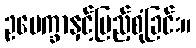
ဥပေက္ခာနှင့်ပြည့်စုံခြင်း။